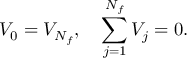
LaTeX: V _ { 0 } = V _ { N _ { f } } , \quad \sum _ { j = 1 } ^ { N _ { f } } V _ { j } = 0 .